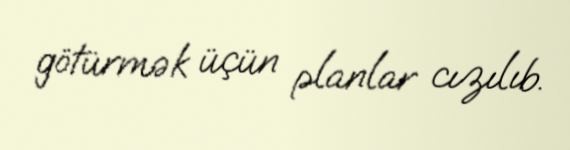
götürmək üçün planlar cızılıb.